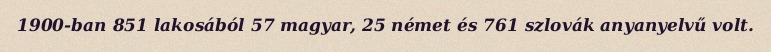
1900-ban 851 lakosából 57 magyar, 25 német és 761 szlovák anyanyelvű volt.